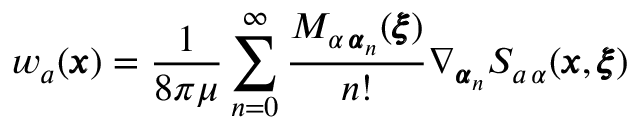
w _ { a } ( { \pmb x } ) = \frac { 1 } { 8 \pi \mu } \sum _ { n = 0 } ^ { \infty } \frac { M _ { \alpha \, { \pmb \alpha } _ { n } } ( { \pmb \xi } ) } { n ! } \nabla _ { { \pmb \alpha } _ { n } } S _ { a \, \alpha } ( { \pmb x } , { \pmb \xi } )